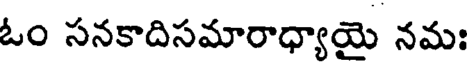
ఓం సనకాదిసమారాధ్యాయై నమః